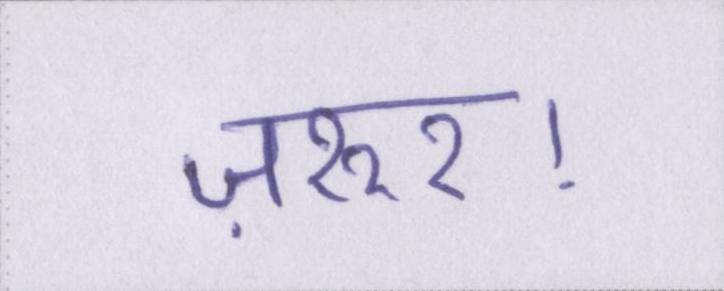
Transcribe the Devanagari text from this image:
ज़रुर।